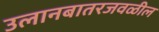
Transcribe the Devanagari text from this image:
उलानबातरजवळील